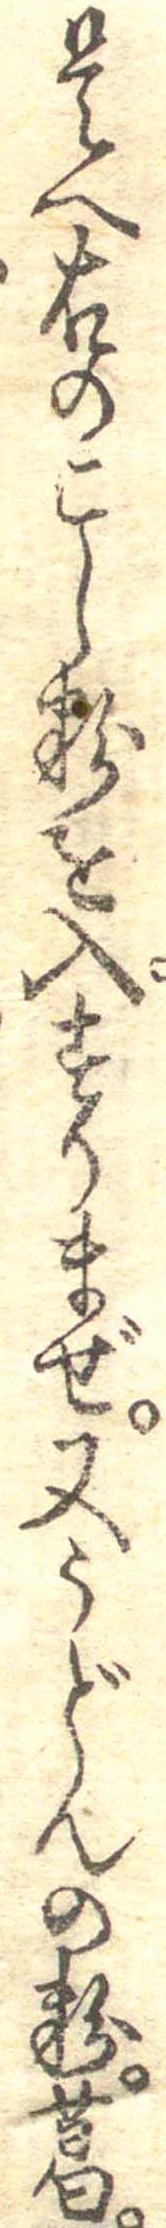
是へ右のこし粉を入すりまぜ又うどんの粉葛